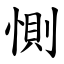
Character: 惻